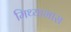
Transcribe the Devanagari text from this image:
मिथ्याभास